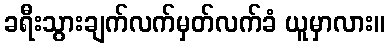
ခရီးသွားချက်လက်မှတ်လက်ခံ ယူမှာလား။